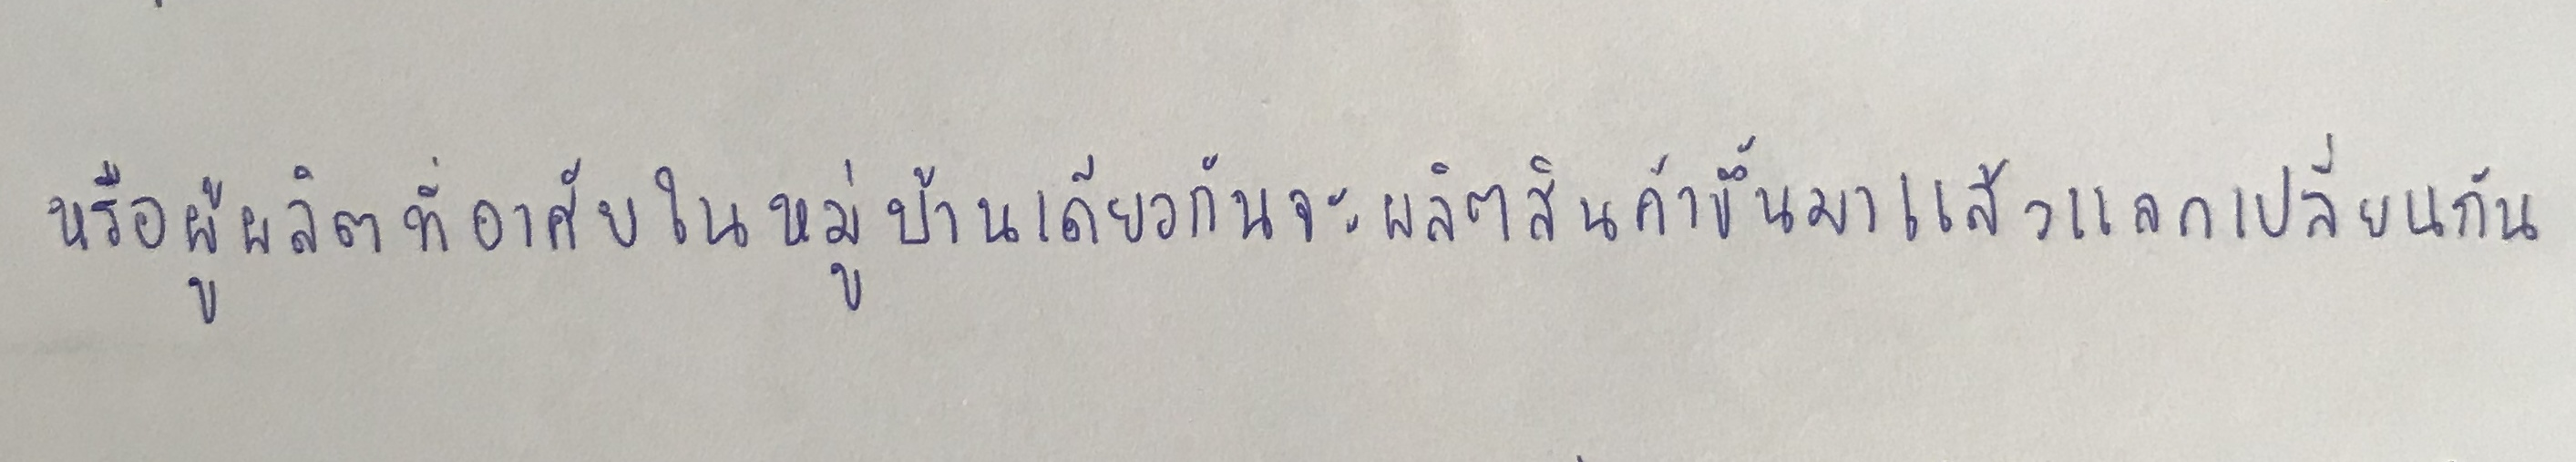
หรือผู้ผลิตที่อาศัยในหมู่บ้านเดียวกันจะผลิตสินค้าขึ้นมาแล้วแลกเปลี่ยนกัน